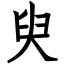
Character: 臾